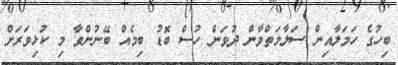
ބިހުގެ ހަމަލާއިން ސަލާމަތްވާން ދުވަން ހުސް ބޮޑު ބިމެއް ބޭނުންވާ މި ކުޅިވަރަށް